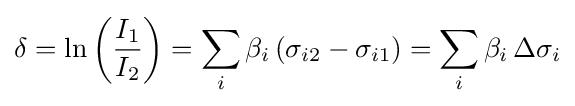
\delta =\ln \left({\frac {I_{1}}{I_{2}}}\right)=\sum _{i}\beta _{i}\left(\sigma _{i2}-\sigma _{i1}\right)=\sum _{i}\beta _{i}\,\Delta \sigma _{i}